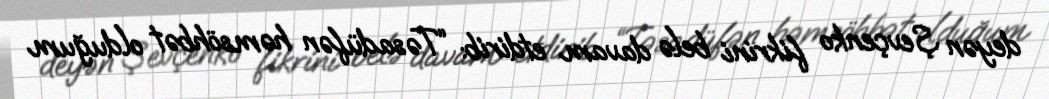
deyən Şevçenko fikrini belə davam etdirib: “Təsadüfən həmsöhbət olduğum